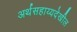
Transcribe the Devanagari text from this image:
अर्थसहाय्यदेखील